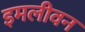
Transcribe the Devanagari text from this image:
इमलीवन